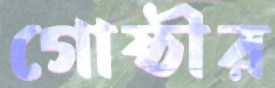
গোষ্ঠীর